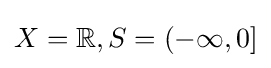
X=\mathbb {R} ,S=(-\infty ,0]